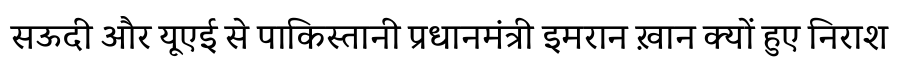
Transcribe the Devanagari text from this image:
सऊदी और यूएई से पाकिस्तानी प्रधानमंत्री इमरान ख़ान क्यों हुए निराश